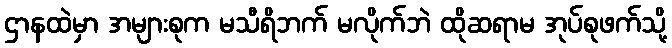
ဌာနထဲမှာ အများစုက မသီရိဘက် မလိုက်ဘဲ ထိုဆရာမ အုပ်စုဖက်သို့